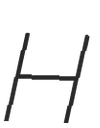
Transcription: H